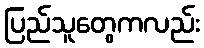
ပြည်သူတွေကလည်း